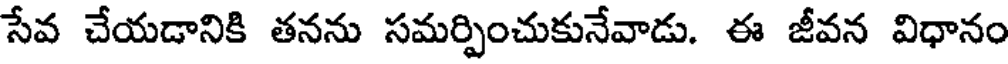
సేవ చేయడానికి తనను సమర్పించుకునేవాడు. ఈ జీవన విధానం